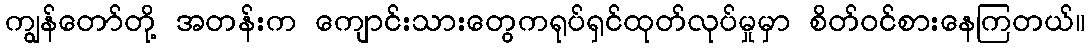
ကျွန်တော်တို့ အတန်းက ကျောင်းသားတွေကရုပ်ရှင်ထုတ်လုပ်မှုမှာ စိတ်ဝင်စားနေကြတယ်။